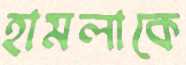
হামলাকে